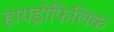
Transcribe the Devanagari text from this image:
हायड्रोफिलिक